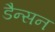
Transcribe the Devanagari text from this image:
डैन्सन